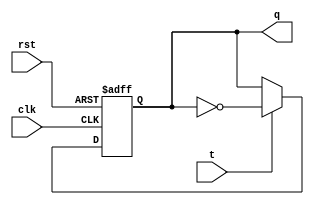
module t_flip_flop (
    input wire clk,       // Clock input
    input wire rst,       // Reset input
    input wire t,         // Toggle input
    output reg q          // Output of the flip-flop
);

always @(posedge clk or posedge rst) begin
    if (rst) begin
        q <= 1'b0;      // Reset the flip-flop output
    end else begin
        if (t) begin
            q <= ~q;    // Toggle the output on next clock edge
        end
    end
end

endmodule